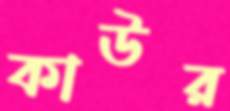
কাউর